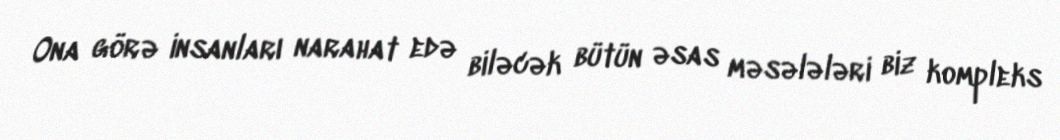
Ona görə insanları narahat edə biləcək bütün əsas məsələləri biz kompleks